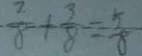
\frac { 2 } { 8 } + \frac { 3 } { 8 } = \frac { 5 } { 8 }